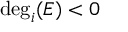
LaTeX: \deg _ { i } ( E ) < 0